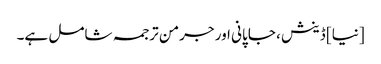
[نیا] ڈینش ، جاپانی اور جرمن ترجمہ شامل ہے۔